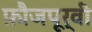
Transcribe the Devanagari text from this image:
फ़ौजपूर्वी